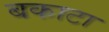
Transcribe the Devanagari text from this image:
बकाटा